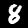
Digit: 8